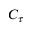
C _ { \tau }